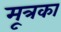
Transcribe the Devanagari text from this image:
मूत्रका